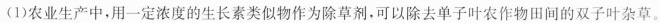
(1)农业生产中，用一定浓度的生长素类似物作为除草剂，可以除去单子叶农作物田间的双子叶杂草。